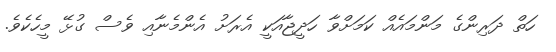
ހަތް ދަރިންގެ މަންމައެއް ކަމަށްވާ ހަދީޖާއަކީ އެރަށު އެންމެނާއި ވެސް ގުޅޭ މީހެކެވެ.